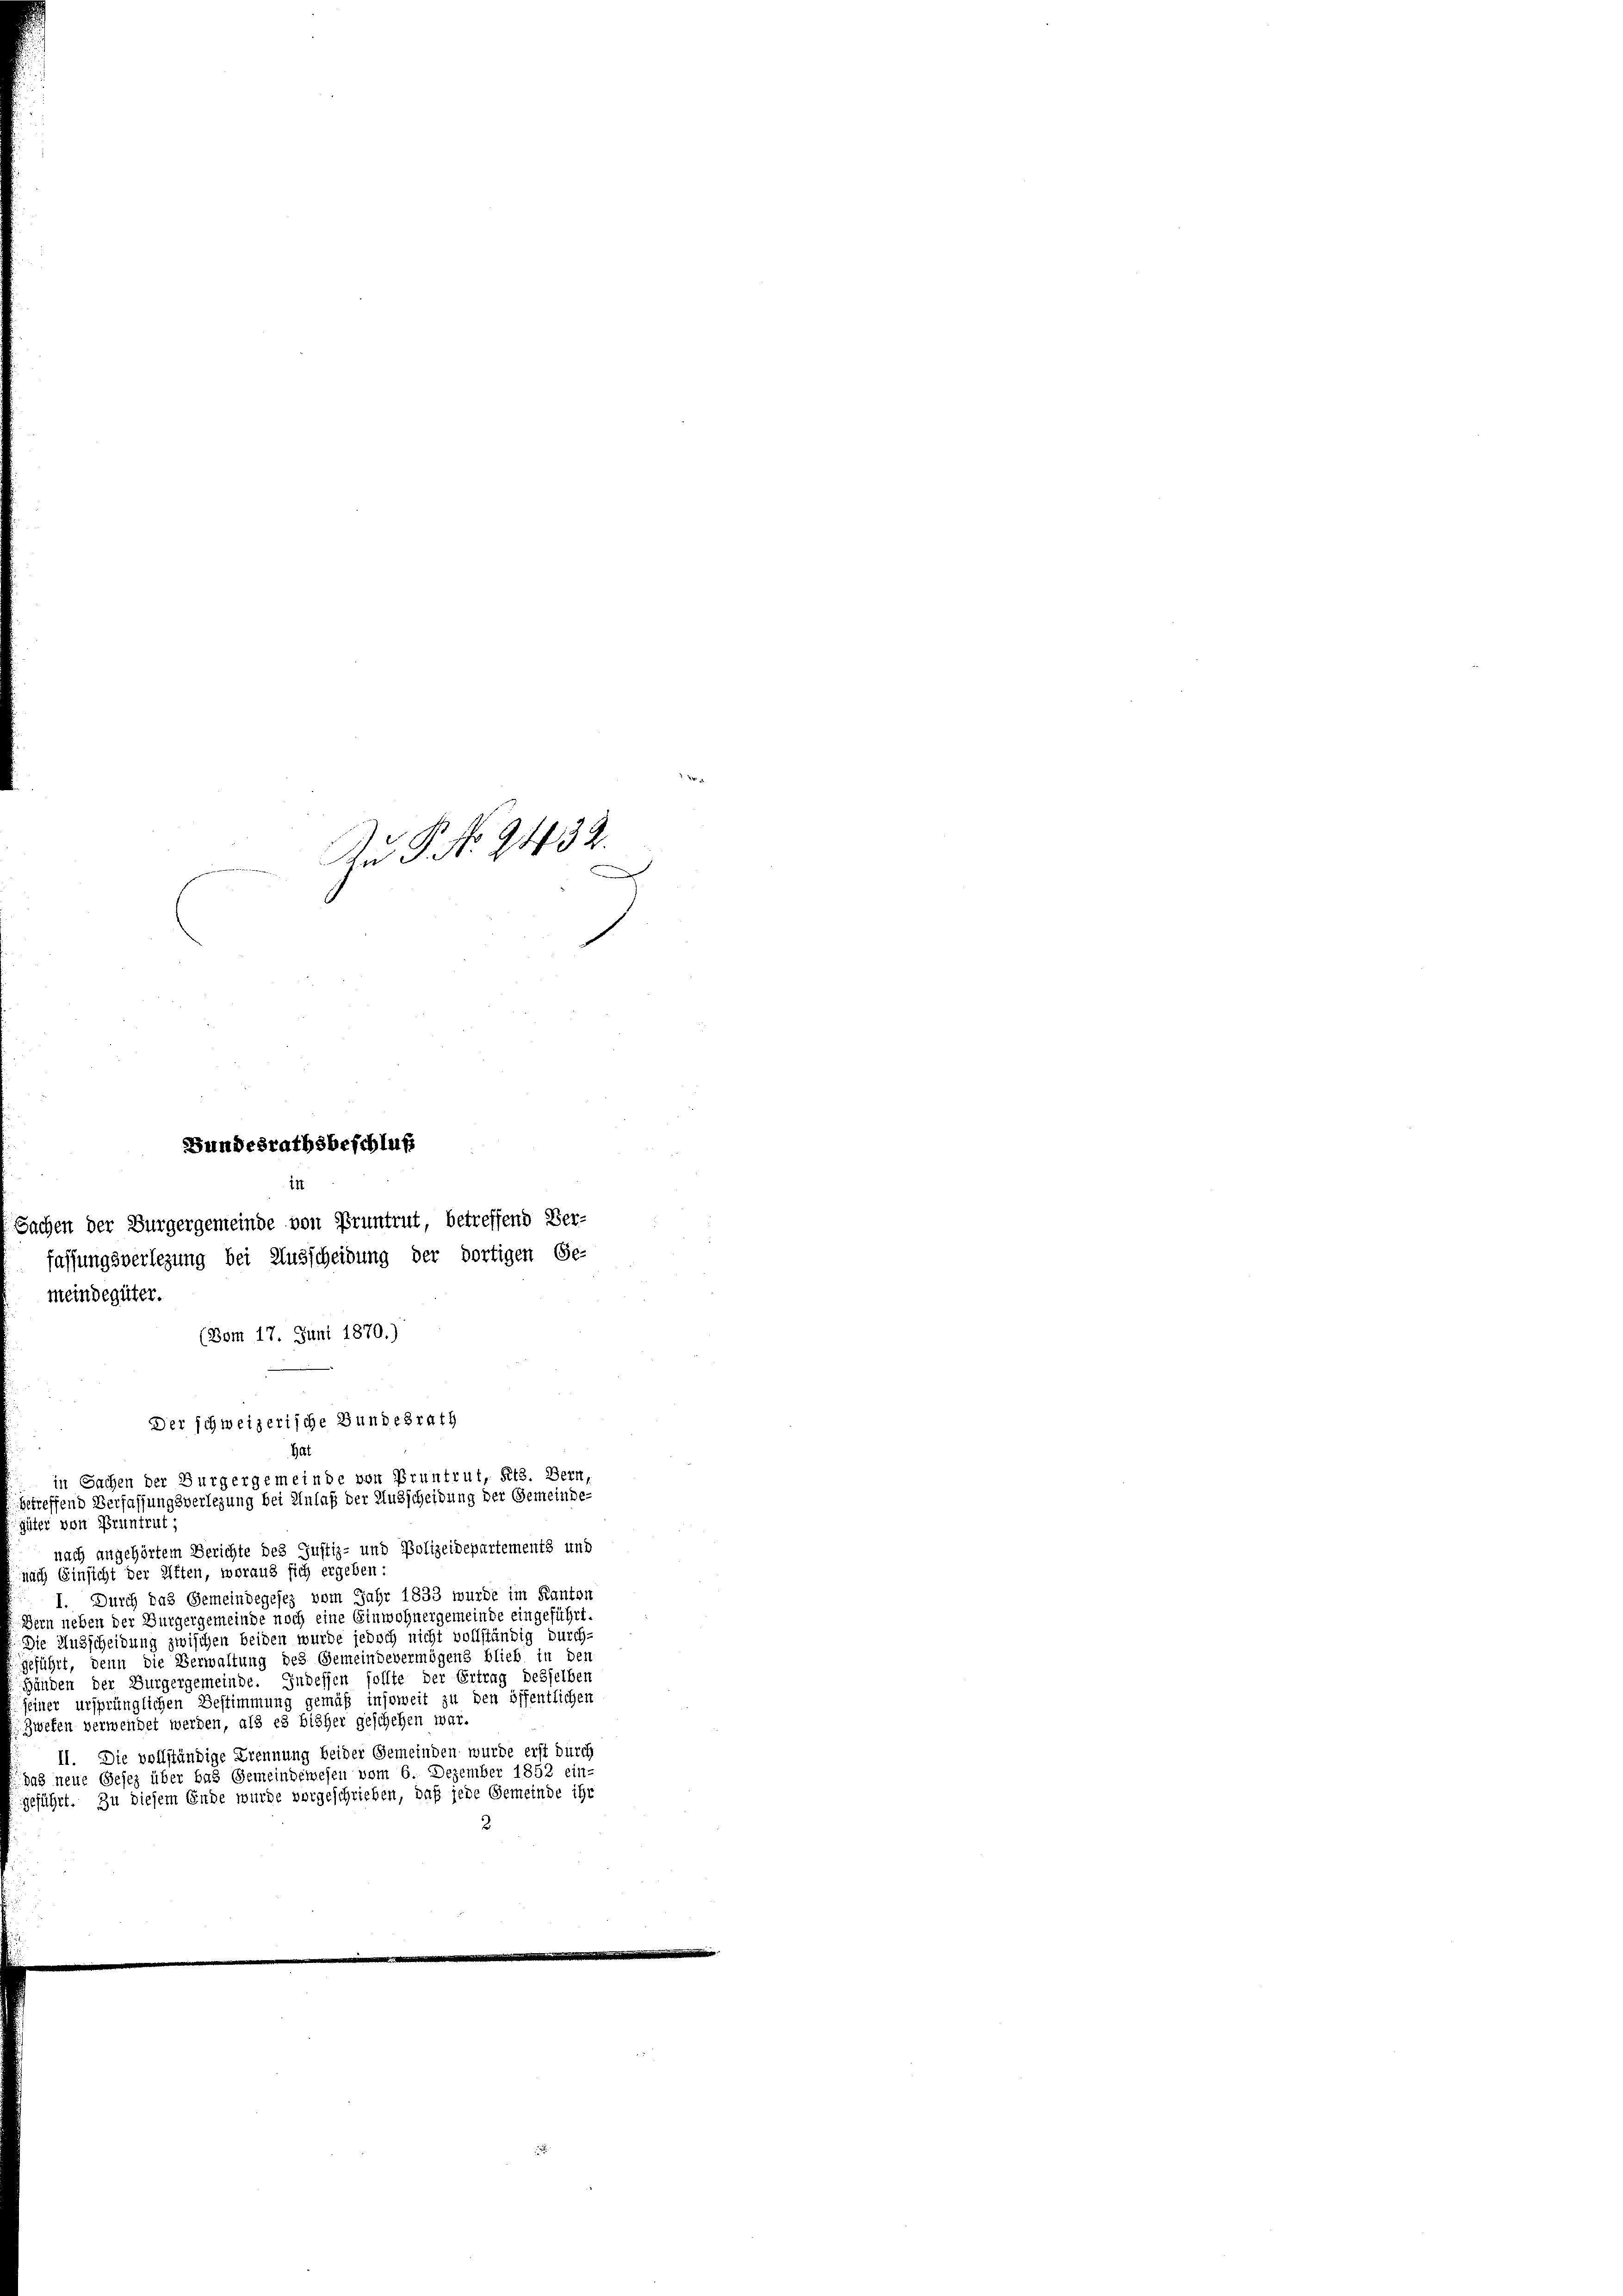
Au P. No. 2432.
e

Bundesrathsbeschluß
in
Sachen der Bürgergemeinde von Pruntrut, betreffend Ver-

fassungsverlegung bei Ausscheidung der dortigen Ge-
meindegüter.
(Bom 17. Juni 1870.)
güter von Pruntrut;
nach angehörtem Gerichte des Justiz- und Polizeidepartements und
nach Einsicht der Ritten, woraus sich ergeben:
I. Durch das Gemeindegesez vom Jahr 1833 wurde im Kanton
Dern neben der Burgergemeinde noch eine Einwohnergemeinde eingeführt.
Die Ausscheidung zwischen beiden wurde jedoch nicht vollständig durch-
geführt, denn die Verwaltung des Gemeindevermögens blieb in den
Händen der Burgergemeinde. Indessen sollte der Ertrag desselben
einer ursprünglichen Bestimmung gemäß insoweit zu den öffentlichen
Zwefen verwendet werden, als es bisher geschehen war.
II. Die vollständige Trennung beider Gemeinden wurde erst durch
das neue Gesez über bas Gemeindewesen vom 6. Dezember 1852 ein-
geführt. Zu diesem Ende wurde vorgeschrieben, daß jede Gemeinde ihr
2

Der schweizerische Bundesrath
Hat
in Sachen der Burgergemeinde von Pruntrut, Kts. Bern,
getreffend Verfassungsverlegung bei Anlaß der Ausscheidung der Gemeinde-